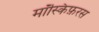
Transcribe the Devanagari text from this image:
मॉस्किफ़रस